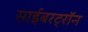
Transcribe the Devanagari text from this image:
साईबरट्राॅन